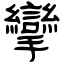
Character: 攣